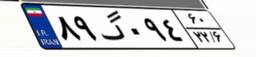
۰۵گ۱۳۶۲۱